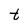
Character: t